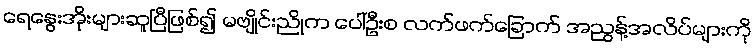
ရေနွေးအိုးများဆူပြီဖြစ်၍ မဗျိုင်းညိုက ပေါ်ဦးစ လက်ဖက်ခြောက် အညွန့်အလိပ်များကို